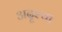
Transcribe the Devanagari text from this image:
अदृश्या